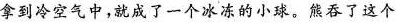
拿到冷空气中，就成了一个冰冻的小球。熊吞了这个